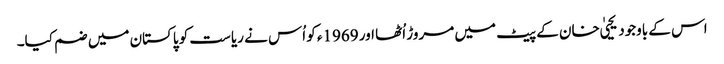
اس کے باوجود یحییٰ خان کے پیٹ میں مروڑ اُٹھا اور 1969ء کو اُس نے ریاست کو پاکستان میں ضم کیا۔